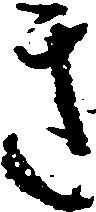
き